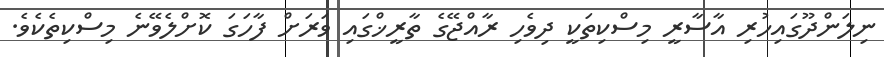
ނިލަންދޫގައިހުރި އާސާރީ މިސްކިތަކީ ދިވެހި ރާއްޖޭގެ ތާރީޚްގައި ވަރަށް ފާހަގަ ކޮށްލެވޭނެ މިސްކިތެކެވެ.